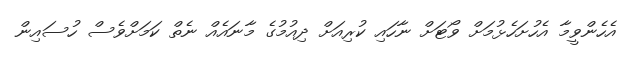
އެހެންވީމާ އެހުށަހެޅުމަށް ވޯޓަށް ނާހައި ކުރިއަށް ދިއުމުގެ މާނައެއް ނެތް ކަމަށްވެސް ހުސައިން